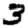
Digit: 3